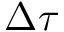
\Delta \tau